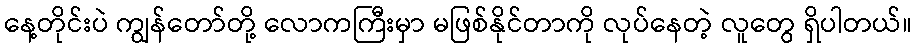
နေ့တိုင်းပဲ ကျွန်တော်တို့ လောကကြီးမှာ မဖြစ်နိုင်တာကို လုပ်နေတဲ့ လူတွေ ရှိပါတယ်။